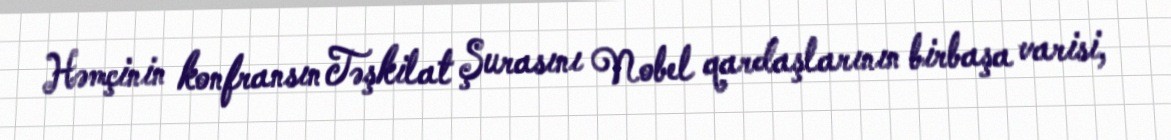
Həmçinin konfransın Təşkilat Şurasını Nobel qardaşlarının birbaşa varisi,